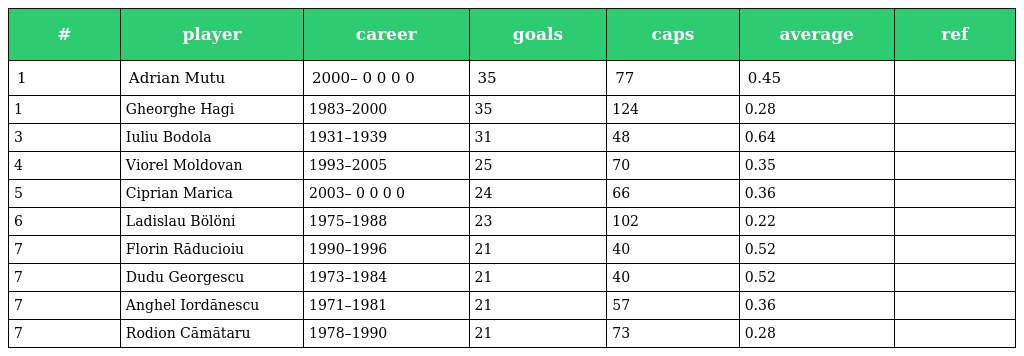
| # | player | career | goals | caps | average | ref |
 | --- | --- | --- | --- | --- | --- | --- |
 | 1 | Adrian Mutu | 2000– 0 0 0 0 | 35 | 77 | 0.45 |  |
 | 1 | Gheorghe Hagi | 1983–2000 | 35 | 124 | 0.28 |  |
 | 3 | Iuliu Bodola | 1931–1939 | 31 | 48 | 0.64 |  |
 | 4 | Viorel Moldovan | 1993–2005 | 25 | 70 | 0.35 |  |
 | 5 | Ciprian Marica | 2003– 0 0 0 0 | 24 | 66 | 0.36 |  |
 | 6 | Ladislau Bölöni | 1975–1988 | 23 | 102 | 0.22 |  |
 | 7 | Florin Răducioiu | 1990–1996 | 21 | 40 | 0.52 |  |
 | 7 | Dudu Georgescu | 1973–1984 | 21 | 40 | 0.52 |  |
 | 7 | Anghel Iordănescu | 1971–1981 | 21 | 57 | 0.36 |  |
 | 7 | Rodion Cămătaru | 1978–1990 | 21 | 73 | 0.28 |  |